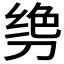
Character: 𫦌